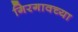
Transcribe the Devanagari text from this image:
गिरगावच्या